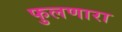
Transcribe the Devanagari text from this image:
फुलणारा